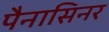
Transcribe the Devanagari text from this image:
पैनासिनर